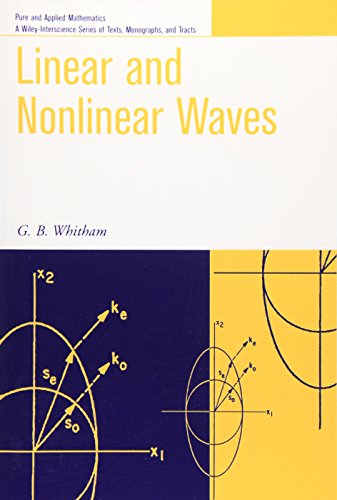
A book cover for Linear and Nonlinear Waves; G. B. Whitham; Science & Math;